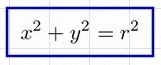
x^2+y^2=r^2